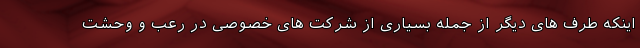
اینکه طرف های دیگر از جمله بسیاری از شرکت های خصوصی در رعب و وحشت